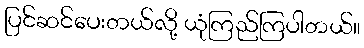
ပြင်ဆင်ပေးတယ်လို့ ယုံကြည်ကြပါတယ်။